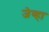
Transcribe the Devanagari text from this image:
जेव्‍हा